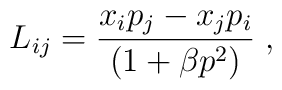
L_{ij} = \frac{x_i p_j - x_j p_i}{(1 + \beta p^2)}\;,